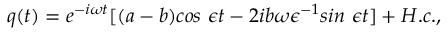
q ( t ) = e ^ { - i \omega t } [ ( a - b ) c o s ~ \epsilon t - 2 i b \omega \epsilon ^ { - 1 } s i n ~ \epsilon t ] + H . c . ,